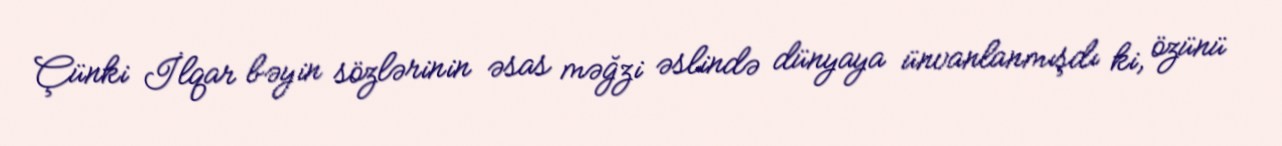
Çünki İlqar bəyin sözlərinin əsas məğzi əslində dünyaya ünvanlanmışdı ki, özünü